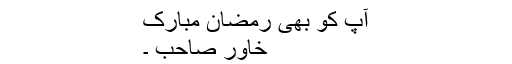
آپ کو بھی رمضان مبارک
خاور صاحب ۔